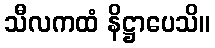
သီလကထံ နိဋ္ဌာပေသိ။